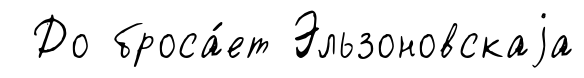
До броса́ет Эльзоновскаjа